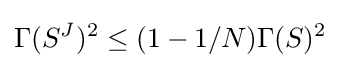
\Gamma (S^{J})^{2}\leq (1-1/N)\Gamma (S)^{2}